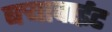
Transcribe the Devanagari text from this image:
बऱ्यावाईट